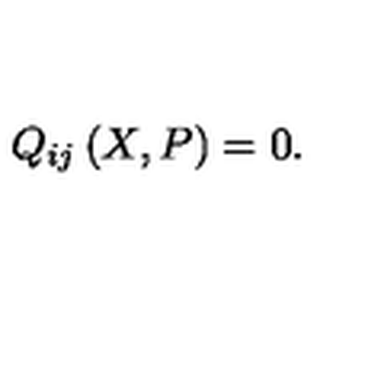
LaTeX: Q _ { i j } \left( X , P \right) = 0 .